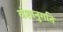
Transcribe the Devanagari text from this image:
वंशानुगति